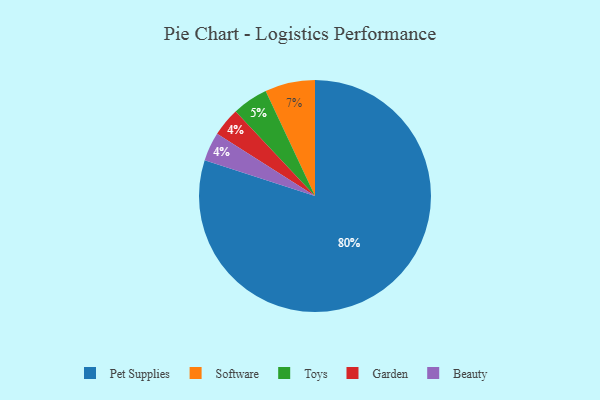
{"axis": {"x": "Category", "y": "Percentage"}, "legend": ["Beauty", "Garden", "Pet Supplies", "Software", "Toys"], "data": [{"x": "Toys", "y": 5, "type": "Toys"}, {"x": "Software", "y": 7, "type": "Software"}, {"x": "Pet Supplies", "y": 80, "type": "Pet Supplies"}, {"x": "Garden", "y": 4, "type": "Garden"}, {"x": "Beauty", "y": 4, "type": "Beauty"}]}